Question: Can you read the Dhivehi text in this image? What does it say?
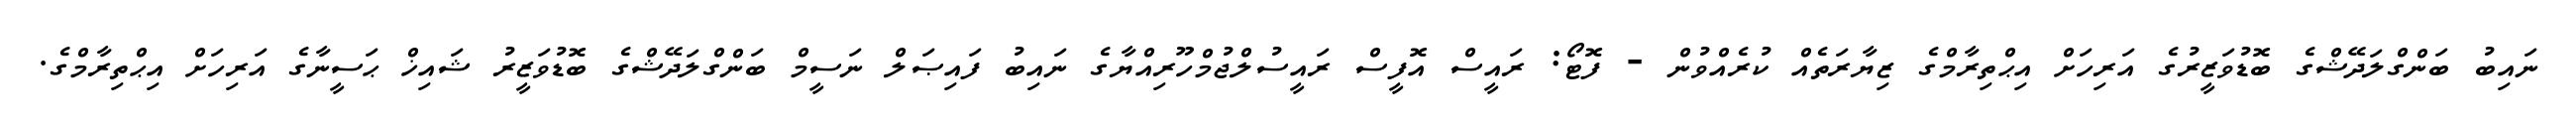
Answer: ނައިބު ބަންގްލަދޭޝްގެ ބޮޑުވަޒީރުގެ އަރިހަށް އިޙްތިރާމްގެ ޒިޔާރަތެއް ކުރެއްވުން - ފޮޓޯ: ރައީސް އޮފީސް ރައީސުލްޖުމްހޫރިއްޔާގެ ނައިބު ފައިޞަލް ނަސީމް ބަންގްލަދޭޝްގެ ބޮޑުވަޒީރު ޝައިޚް ޙަސީނާގެ އަރިހަށް އިޙްތިރާމްގެ.